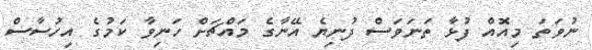
ނުވަތަ މިއޮއް ފުޅާ ތަނަވަސް ދުނިޔެ އޭނާގެ މައްޗަށް ހަނިވާ ކަމުގެ އިހުސާސް